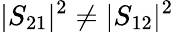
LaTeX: |S_{21}|^{2}\neq|S_{12}|^{2}